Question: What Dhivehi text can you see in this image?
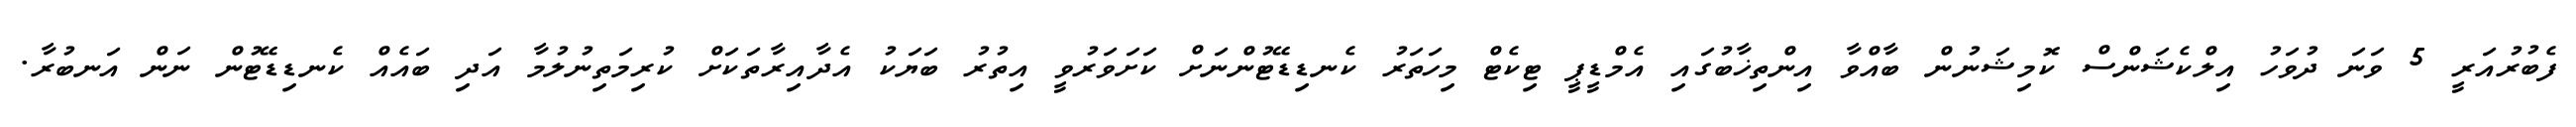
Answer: ފެބުރުއަރީ 5 ވަނަ ދުވަހު އިލްކެޝަންސް ކޮމިޝަނުން ބާއްވާ އިންތިޚާބުގައި އެމްޑީޕީ ޓިކެޓް މިހަތަރު ކެނޑިޑޭޓުންނަށް ކަށަވަރުވީ އިތުރު ބަޔަކު އެދާއިރާތަކަށް ކުރިމަތިނުލުމާ އަދި ބައެއް ކެނޑިޑޭޓުން ނަން އަނބުރާ.